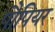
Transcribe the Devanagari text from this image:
पौपियर